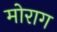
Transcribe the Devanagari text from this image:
मोराग